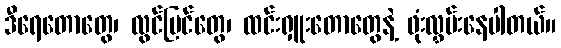
ဒီရေတောတွေ၊ လွင်ပြင်တွေ၊ ထင်းရှူးတောတွေနဲ့ ဖုံးလွှမ်းနေပါတယ်။